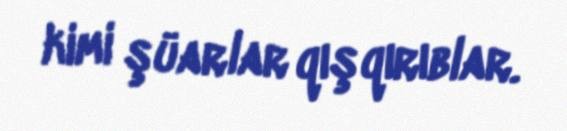
kimi şüarlar qışqırıblar.